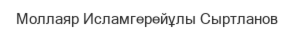
Моллаяр Исламгерейұлы Сыртланов